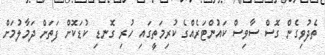
ތެދުވިގެން ގޮސް ސާވިސް ކައުންޓަރެއްގެ ކުރިމަތީގައި ހުރި ގޮނޑި ކުޑަކޮށް ފަތަށް ދަމާލުމަށް